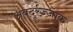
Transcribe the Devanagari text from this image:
अबदूर्रज़्ज़ाक़